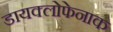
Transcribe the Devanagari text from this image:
डायक्लोफेनाक